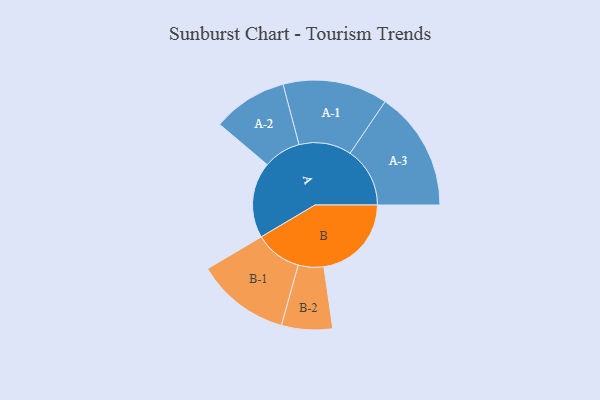
{"axis": {"x": "Segment", "y": "Value"}, "legend": ["", "A", "B"], "data": [{"x": "A", "y": 298, "type": ""}, {"x": "B", "y": 344, "type": ""}, {"x": "A-1", "y": 206, "type": "A"}, {"x": "A-2", "y": 147, "type": "A"}, {"x": "A-3", "y": 235, "type": "A"}, {"x": "B-1", "y": 184, "type": "B"}, {"x": "B-2", "y": 100, "type": "B"}]}